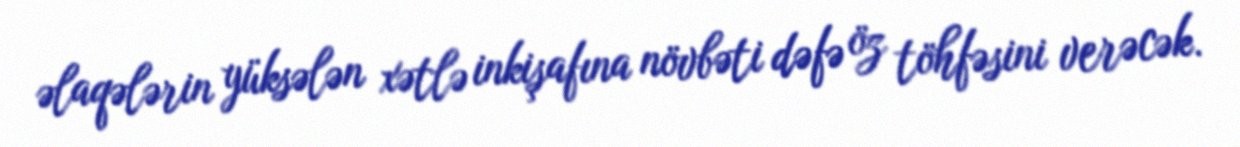
əlaqələrin yüksələn xətlə inkişafına növbəti dəfə öz töhfəsini verəcək.